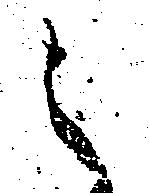
之